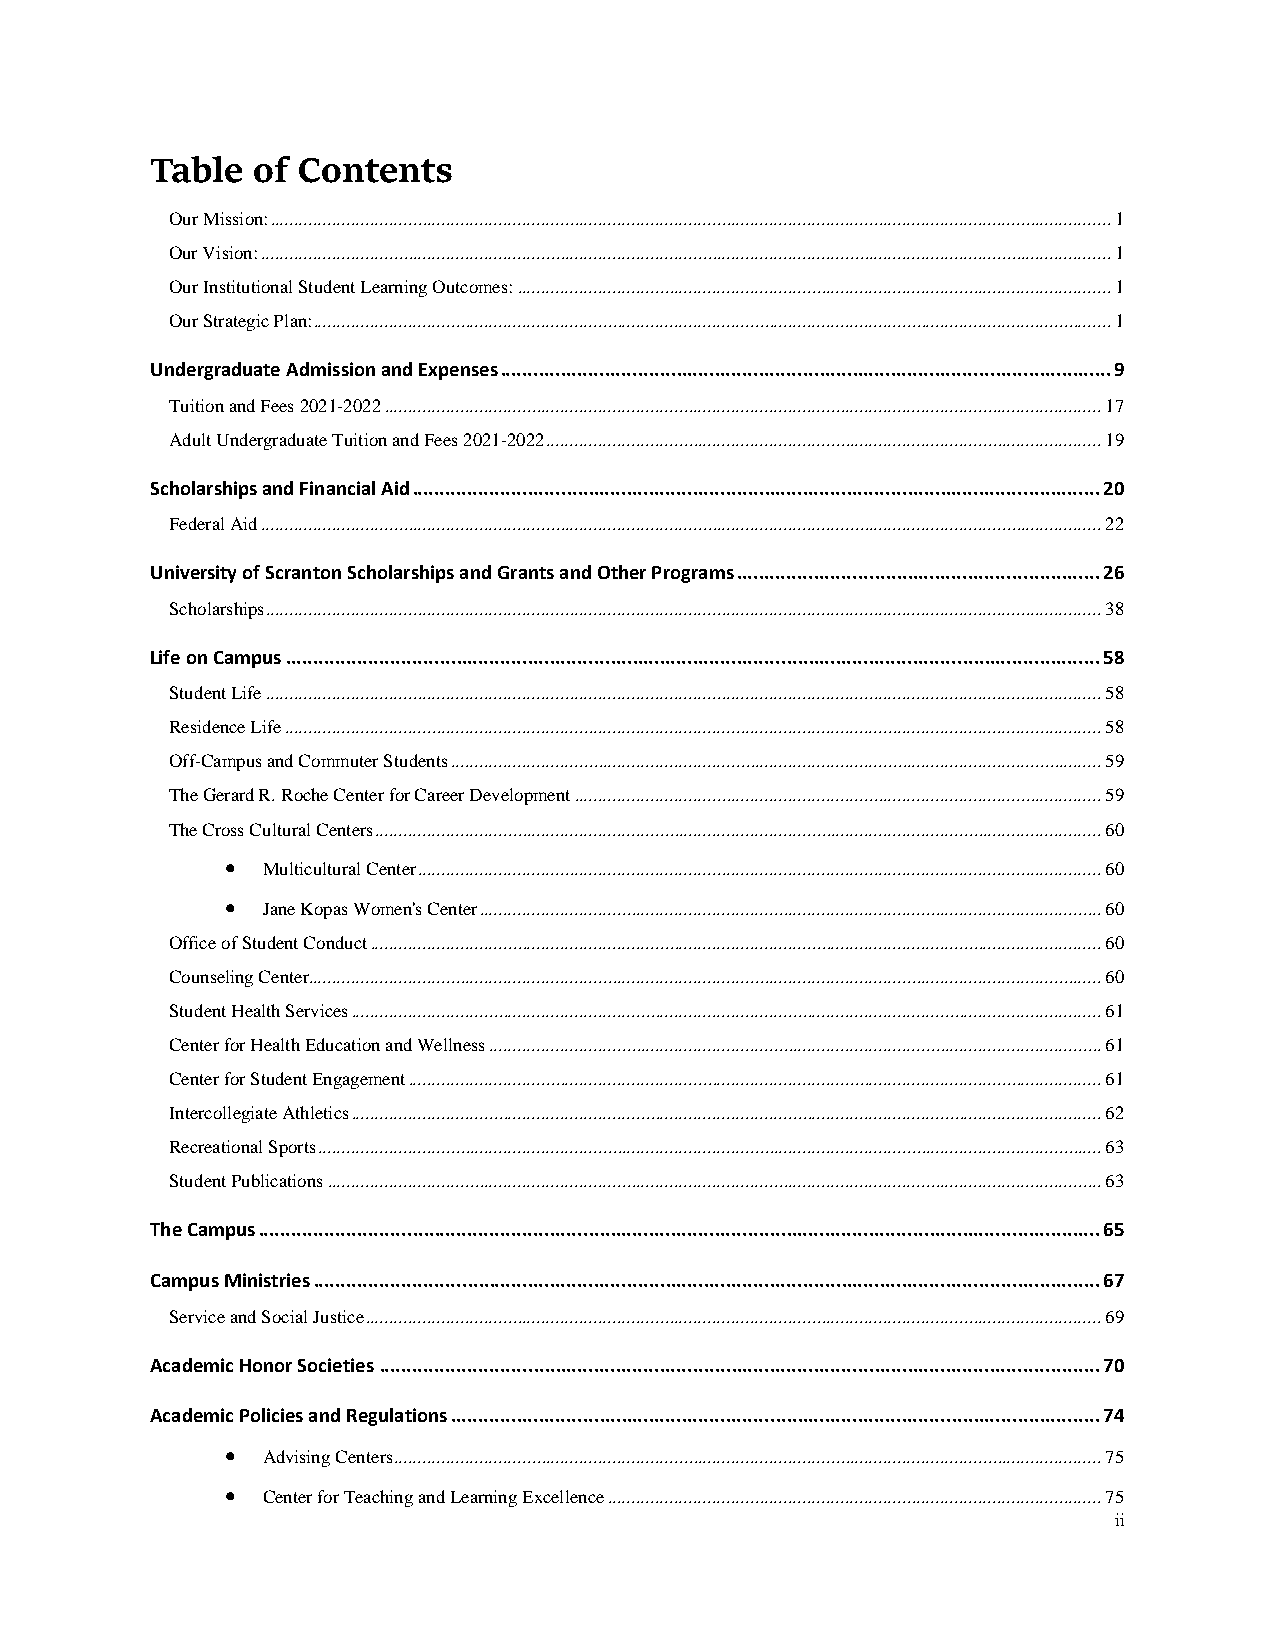
Table  of Contents
 Our Mission: ................................................................................................................................................................................. 1
 Our Vision: ................................................................................................................................................................................... 1
 Our Institutional Student Learning Outcomes: ............................................................................................................................. 1
 Our Strategic Plan: ........................................................................................................................................................................ 1
 Undergraduate Admission and Expenses ............................................................................................................... 9
 Tuition and Fees 2021-2022 ....................................................................................................................................................... 17
 Adult Undergraduate Tuition and Fees 2021-2022 ..................................................................................................................... 19
 Scholarships and Financial Aid ............................................................................................................................. 20
 Federal Aid ................................................................................................................................................................................. 22
 University of Scranton Scholarships and Grants and Other Programs .................................................................. 26
 Scholarships ................................................................................................................................................................................ 38
 Life on Campus .................................................................................................................................................... 58
 Student Life ................................................................................................................................................................................ 58
 Residence Life ............................................................................................................................................................................ 58
 Off-Campus and Commuter Students ......................................................................................................................................... 59
 The Gerard R. Roche Center for Career Development ............................................................................................................... 59
 The Cross Cultural Centers ......................................................................................................................................................... 60
 • Multicultural Center ................................................................................................................................................ 60
 • Jane Kopas Women's Center ................................................................................................................................... 60
 Office of Student Conduct .......................................................................................................................................................... 60
 Counseling Center....................................................................................................................................................................... 60
 Student Health Services .............................................................................................................................................................. 61
 Center for Health Education and Wellness ................................................................................................................................. 61
 Center for Student Engagement .................................................................................................................................................. 61
 Intercollegiate Athletics .............................................................................................................................................................. 62
 Recreational Sports ..................................................................................................................................................................... 63
 Student Publications ................................................................................................................................................................... 63
 The Campus ......................................................................................................................................................... 65
 Campus Ministries ............................................................................................................................................... 67
 Service and Social Justice ........................................................................................................................................................... 69
 Academic Honor Societies ................................................................................................................................... 70
 Academic Policies and Regulations ...................................................................................................................... 74
 • Advising Centers ..................................................................................................................................................... 75
 • Center for Teaching and Learning Excellence ........................................................................................................ 75
 ii